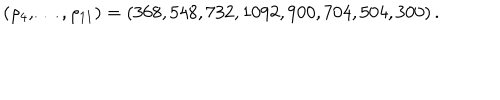
( \rho _ { 4 } , \ldots , \rho _ { 1 1 } ) = ( 3 6 8 , 5 4 8 , 7 3 2 , 1 0 9 2 , 9 0 0 , 7 0 4 , 5 0 4 , 3 0 0 ) \, .